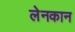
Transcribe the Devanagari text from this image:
लेनकान